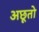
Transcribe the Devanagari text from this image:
अछूतो